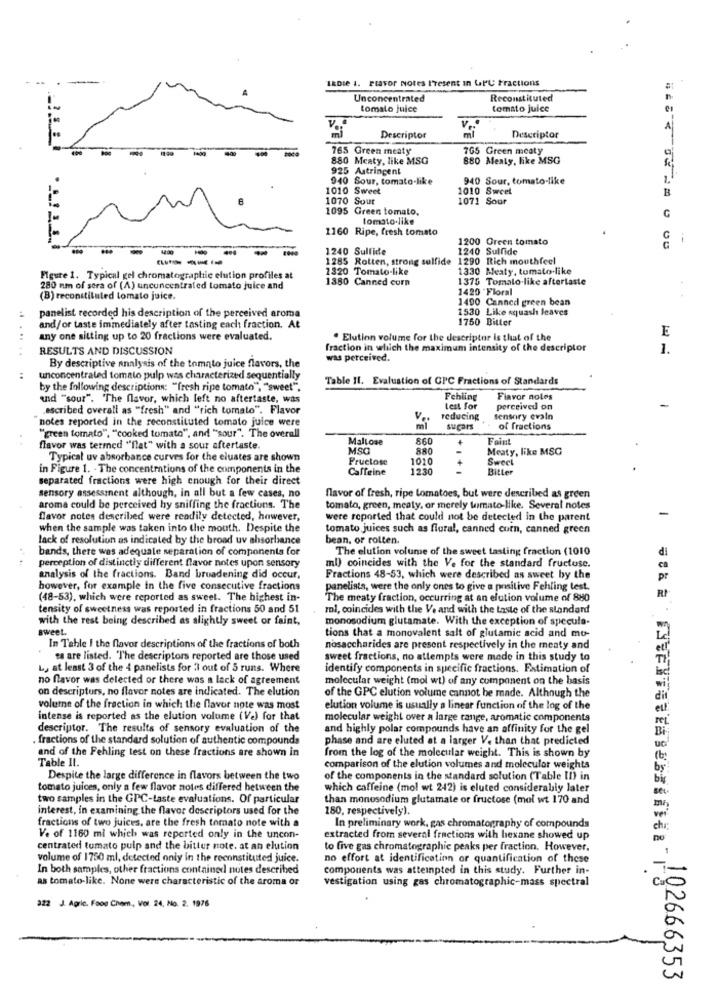
-
18Die 1. Flavor Notes Present In UPU Fractions
Unconcentrated
Reconstituted
tomato juice
tomato juice
Descriptor
A
Descriptor
765 Green meaty
5 Green meaty
880 Meaty, like MSG
880 Meaty, like MSG
925 Astringent
940 Sour, tomato-like
940 Sour, tomato-like
1010 Sweet
1010 Sweet
1070 Sour
1071 Sour
B
1095 Green tomato,
tomato-like
G
1160 Ripe, fresh tomato
1200 Green tomato
12:00
1240 Sulfide
1240 Sulfide
1285 Rotten, strong sulfide 1290 Rich mouthfeel
2320 Tomato-like
1330 Meaty, tomato-like
Figure 1. Typical gel chromatographie elution profiles at
1380 Canned corn
1375 Tomato-like aftertaste
280 mm of sera of (A) unconcentrated tomato juice and
1420 "Floral
(B) reconstituted tomato juice.
1490 Canned green bean
panelist recorded his description of the perceived aroma
1530 Like squash leaves
1750 Bitter
and/or taste immediately after tasting each fraction. At
E
any one sitting up to 20 fractions were evaluated.
. Elution volume for the descriptor is that of the
RESULTS AND DISCUSSION
fraction in which the maximum intensity of the descriptor
1.
... ..
was perceived.
By descriptive analysis of the tomato juice flavors, the
:
unconcentrated tomato pulp was characterized sequentially
Table Il. Evaluation of CPC Fractions of Standards
by the following descriptions: "fresh ripe tomato", "sweet".
und "sour". "The flavor, which left no aftertaste, was
Fehling
Flavor noles
.escribed overall as "fresh" and "rich tomato". Flavor
lest for
perceived on
notes reported in the reconstituted tomato juice were
Ve
reducing
sensory evaln
ml
suÇOIS
of fractions
"green tomato", "cooked tomato", and "sour". The overall
Maltose
860
Faint
flavor was termed "flat" with a sour aftertaste.
MSG
880
Meaty, like MSG
Typical uv absorbance curves for the eluates are shown
Fructose
1010
Sweet
in Figure 1. - The concentrations of the components in the
Caffeine
2.30
Bitter
separated fractions were high enough for their direct
sensory assessment although, in all but a few cases, no
flavor of fresh, ripe tomatoes, but were described as green
aroma could be perceived hy sniffing the fractions. The
tomato, green, meaty, or merely tomato-like. Several notes
flavor notes described were readily detected, however,
were reported that could not be detected in the parent
when the sample was taken into the mouth. Despite the
tomato juices such as floral, canned corn, canned green
lack of resolution as indicated by the broad uv absorbance
bean, or rolten.
bands, there was adequate separation of components for
The elution volume of the sweet tasting fraction (1010
d
perception of distinctly different flavor notes upon sensory
ml) coincides with the Ve for the standard fructose.
analysis of the fractions. Band broadening did occur,
Fractions 48-53, which were described as sweet by the
however, for example in the five consecutive fractions
panelists, were the only ones to give a positive Fehling test.
(48-53), which were reported as sweet. The highest in-
The meaty fraction, occurring at an elution volume of 880
RI
tensity of sweetness was reported in fractions 50 and 51
ml, coincides with the V. and with the taste of the standard
with the rest being described as slightly sweet or faint,
monosodium glutamate. With the exception of specula-
sweet.
tions that a monovalent salt of glutamic acid and mo-
In Table I the flavor descriptions of the fractions of both
nosaccharides are present respectively in the menty and
ta are listed. "The descriptors reported are those used
sweet fractions, no attempts were made in this study to
Ly at least 3 of the 4 panelists for 3 out of 5 runs. Where
identify components in specific fractions. Estimation of
no flavor was detected or there was a lack of agreement
molecular weight (mol wt) of any component on the basis
on descripturs, no flavor notes are indicated. The elution
of the GPC elution volume cannot be made. Although the
volume of the fraction in which the flavor note was most
elution volume is usually a linear function of the log of the
intense is reported as the elution volume (Ve) for that
molecular weight over a large range, aromatic components
descriptor. The results of sensory evaluation of the
and highly polar compounds have an affinity for the gel
. fractions of the standard solution of authentic compounds
phase and are eluted at a larger V. than that predicted
and of the Fehling test on these fractions are shown in
Table Il.
from the log of the molecular weight. This is shown by
comparison of the elution volumes and molecular weights
Despite the large difference in flavors between the two
of the components in the standard solution (Table II) in
tomato juices, only a few flavor notes differed between the
which caffeine (mol wt 242) is eluted considerably later
two samples in the GPC-taste evaluations. Of particular
than monosodium glutamate or fructose (moi wt 170 and
interest, in examining the flavor descriptors used for the
180, respectively).
fractions of two juices, are the fresh tomato note with a
In preliminary work, gas chromatography of compounds
Ve of 1160 mi which was reported only in the uncon-
extracted from several fractions with hexane showed up
centrated tomato pulp and the bitter note. at an elution
to five gas chromatographie peaks per fraction. However.
volume of 1750 ml, detected only in the reconstituted juice.
no effort at identification or quantification of these
In both samples, other fractions contained notes described
components was atteinpted in this study. Further in-
as tomato-like. None were characteristic of the aroma or
vestigation using gas chromatographic-mass spectral
322 J. Agric. Food Chem ., Vol. 24, No. 2. 1976
- 102666353